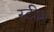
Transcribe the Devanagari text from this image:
स्‍टीम